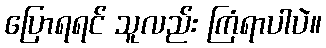
ပြောရရင် သူလည်း ကြံရာပါပဲ။